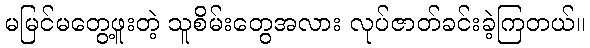
မမြင်မတွေ့ဖူးတဲ့ သူစိမ်းတွေအလား လုပ်ဇာတ်ခင်းခဲ့ကြတယ်။